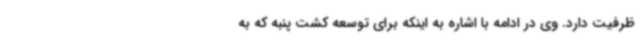
ظرفیت دارد. وی در ادامه با اشاره به اینکه برای توسعه کشت پنبه که به